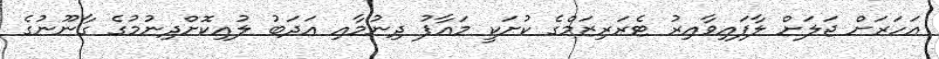
އަހަރަށް ޖަލަށް ލާފައިވާއިރު ޓެރަރިޒަމްގެ ކުށަކީ މައާފު ދިނުމާއި އަދަބު ލުއިކޮށްދިނުމުގެ ގާނޫނުގެ